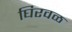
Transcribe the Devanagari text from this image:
घिरवळ